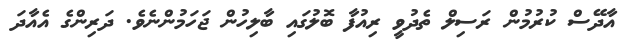
އާދޭސް ކުރުމުން ރަސިލް ތެދުވީ ރިއުފާ ބޮލުގައި ބާލިހުން ޖަހަމުންނެވެ. ދަރިންގެ އެއާދަ